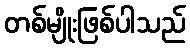
တစ်မျိုးဖြစ်ပါသည်